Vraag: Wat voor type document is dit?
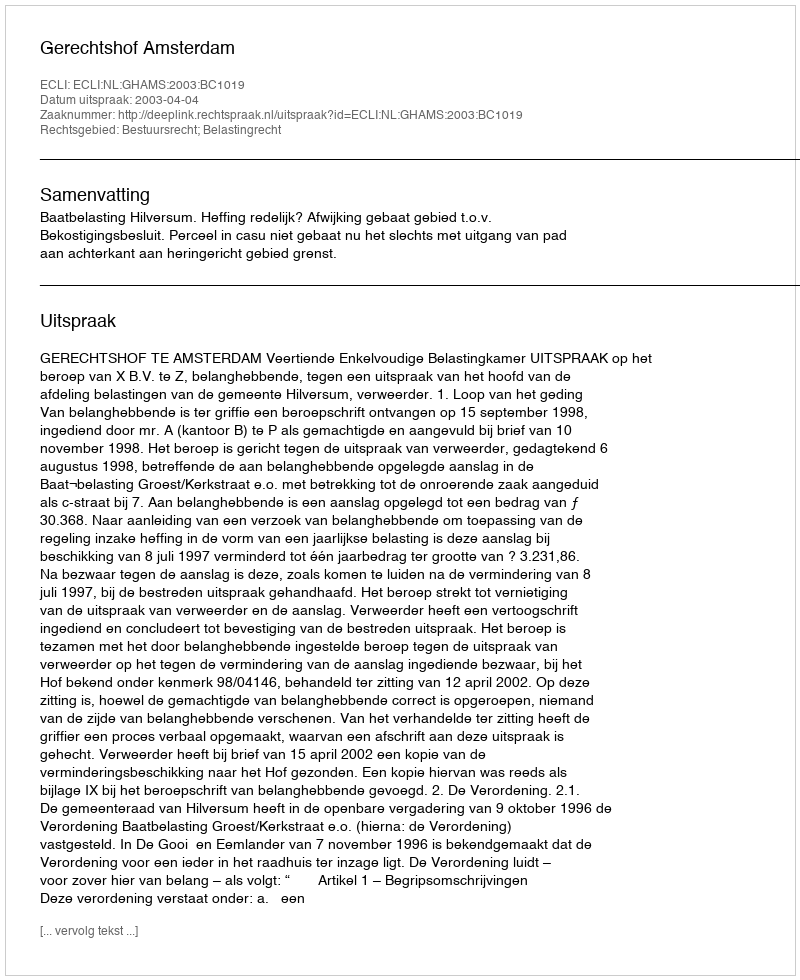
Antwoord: Uitspraak